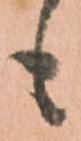
も